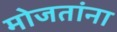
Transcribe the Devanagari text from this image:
मोजतांना